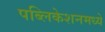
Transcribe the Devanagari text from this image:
पब्लिकेशनमध्ये